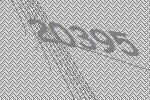
20395